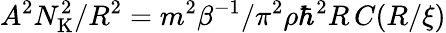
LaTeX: A^{2}N_{\mathrm{K}}^{2}/R^{2}=m^{2}\beta^{-1}/\pi^{2}\rho\hbar^{2}R\, C(R/\xi)